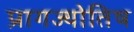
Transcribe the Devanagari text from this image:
प्रागज्योतिष